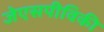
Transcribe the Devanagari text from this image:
जेएसपीविकी